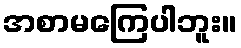
အစာမကြေပါဘူး။